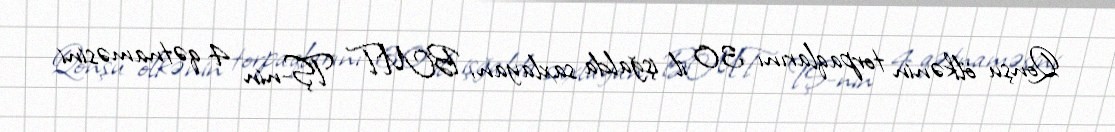
Qonşu ölkənin torpaqlarını 30 il işğalda saxlayan, BMT TŞ-nin 4 qətnaməsini